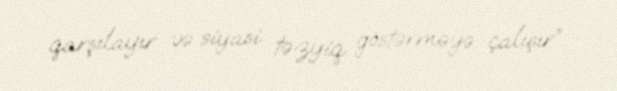
qarşılayır və siyasi təzyiq göstərməyə çalışır”.